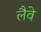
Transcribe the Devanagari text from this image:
लैवे